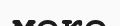
меке